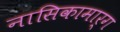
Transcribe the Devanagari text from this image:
नासिकामार्ग